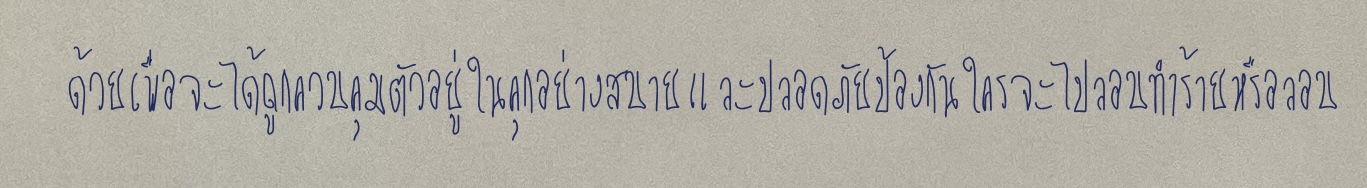
ด้วยเพื่อจะได้ถูกควบคุมตัวอยู่ในคุกอย่างสบายและปลอดภัยป้องกันใครจะไปลอบทำร้ายหรือลอบ